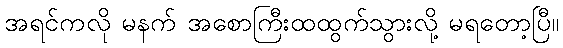
အရင်ကလို မနက် အစောကြီးထထွက်သွားလို့ မရတော့ပြီ။